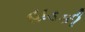
હાડકી